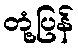
တုံ့ပြန်